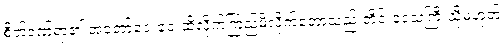
စိတ်ဒဏ်ရာ၏ အတော်ဝေးဝေးထိလိုက်ကြည့်မိလိုက်တော့သည် တိုင်းဒေသကြီးသို့မဟုတ်